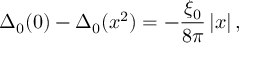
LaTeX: \Delta _ { 0 } ( 0 ) - \Delta _ { 0 } ( x ^ { 2 } ) = - \frac { \xi _ { 0 } } { 8 \pi } \left| x \right| ,